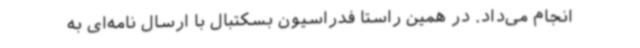
انجام می‌داد. در همین راستا فدراسیون بسکتبال با ارسال نامه‌ای به